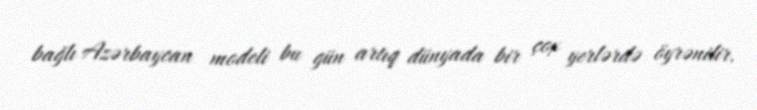
bağlı Azərbaycan modeli bu gün artıq dünyada bir çox yerlərdə öyrənilir.